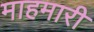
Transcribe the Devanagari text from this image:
माहमारी